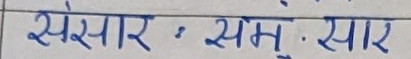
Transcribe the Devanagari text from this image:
सेसार  : सम्मु.सार